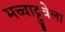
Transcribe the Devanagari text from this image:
मच्चाट्टुवेला